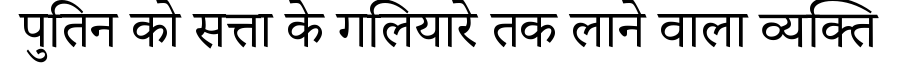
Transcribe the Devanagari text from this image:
पुतिन को सत्ता के गलियारे तक लाने वाला व्यक्ति